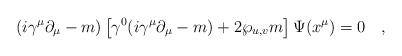
LaTeX: \begin{align*}(i\gamma^\mu \partial_\mu -m)\left [ \gamma^0 (i\gamma^\mu \partial_\mu-m) +2\wp_{u,v} m \right ] \Psi (x^\mu) =0\quad,\end{align*}